Annual report of the Bengal Veterinary College and of the Civil Veterinary Department, Bengal, for the year 1913-1914 - 1913-1914
Year: 1913
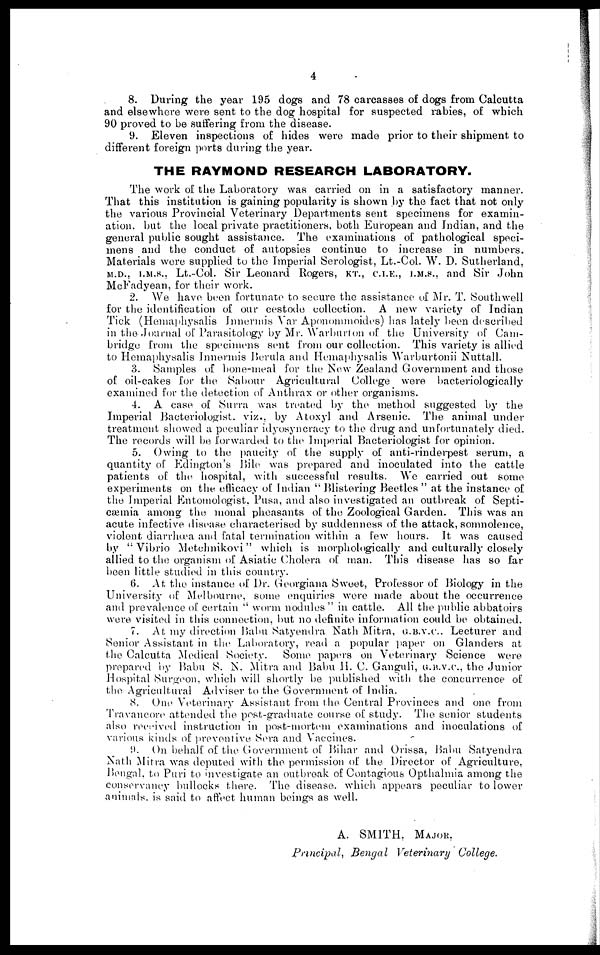
4
8. During the year 195 dogs and 78 carcasses of dogs from Calcutta
and elsewhere were sent to the dog hospital for suspected rabies, of which
90 proved to be suffering from the disease.
9. Eleven inspections of hides were made prior to their shipment to
different foreign ports during the year.
THE RAYMOND RESEARCH LABORATORY.
The work of the Laboratory was carried on in a satisfactory manner.
That this institution is gaining popularity is shown by the fact that not only
the various Provincial Veterinary Departments sent specimens for examin-
ation. but the local private practitioners, both European and Indian, and the
general public sought assistance. The examinations of pathological speci-
mens and the conduct of autopsies continue to increase in numbers.
Materials were supplied to the Imperial Serologist, Lt.-Col. W. D. Sutherland,
m.d., i.M.S., Lt.-Col. Sir Leonard Rogers, kt., c.i.e., i.m.s., and Sir John
McFadyean, for their work.
2. We have been fortunate to secure the assistance of Mr. T. Southwell
for the identification of our cestode collection. A new variety of Indian
Tick (Hemaphysalis Innermis Var Aponommoides) has lately been described
in the Journal of Parasitology by Mr. Warburton of the University of Cam-
bridge from the specimens sent from our collection. This variety is allied
to Hemaphysalis Innermis Berula and Hemaphysalis Warburtonii Nuttall.
3. Samples of bone-meal for the New Zealand Government and those
of oil-cakes for the Sabour Agricultural College were bacteridogieally
examined for the detection of Anthrax or other organisms.
4. A case of Surra was treated by the method suggested by the
Imperial Bacteriologist. viz., by Atoxyl and Arsenic. The animal under
treatment showed a peculiar idyosyncracy to the drug and unfortunately died.
The records will be forwarded to the Imperial Bacteriologist for opinion.
5. Owing to the paucity of the supply of anti-rinderpest serum, a
quantity of Edington's Bile was prepared and inoculated into the cattle
patients of the hospital, with successful results. We carried out some
experiments on the efficacy of Indian " Blistering Beetles " at the instance of
the Imperial Entomologist, Pusa, and also investigated an outbreak of Septi-
caemia among the monal pheasants of the Zoological Garden. This was an
acute infective disease characterised by suddenness of the attack, somnolence,
violent diarrhæa and fatal termination within a few hours. It was caused
by " Vibrio Metehnikovi" which is morphologically and culturally closely
allied to the organism of Asiatic Cholera of man. This disease has so far
been little studied in this country.
6. At the instance of Dr. Georgiana Sweet, Professor of Biology in the
University of Melbourne, some enquiries were made about the occurrence
and prevalence of certain " worm nodules " in cattle. All the public abbatoirs
were visited in this connection, but no definite information could be obtained.
7. At my direction Balm Satyendra Nath Mitra, g.b.v.c. Lecturer and
Senior Assistant in the Laboratory, read a popular paper on Glanders at
the Calcutta Medical Society. Some papers on Veterinary Science were
prepared by Babu S. K. Mitra and Babu H. C. Ganguli, g.b.v.c, the Junior
Hospital Surgeon, which will shortly be published with the concurrence of
the Agricultural Adviser to the Government of India.
8. One Veterinary Assistant from the Central Provinces and one from
Travancore attended the post-graduate course of study. The senior students
also received instruction in post-mortem examinations and inoculations of
various kinds of preventive Sera and Vaccines.
9. On behalf of the Government of Bihar and Orissa, Babu Satyendra
Nath Mitra was deputed with the permission of the Director of Agriculture,
Bengal, to Puri to investigate an outbreak of Contagious Opthalmia among the
conservancy bullocks there. The disease. which appears peculiar to lower
animals. is said to affect human beings as well.
A. SMITH, Major.
Principal, Bengal Veterinary College.